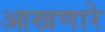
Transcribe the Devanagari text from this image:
आखणारे